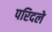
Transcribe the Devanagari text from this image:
परिदले